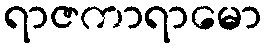
ရာဇကာရာမော